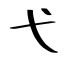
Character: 弋